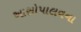
આસોપાલવના